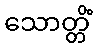
သောတ္တိံ